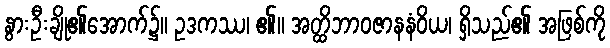
နွားဦးချို၏အောက်၌။ ဥဒကဿ၊ ၏။ အတ္ထိဘာဝဇာနနံဝိယ၊ ရှိသည်၏ အဖြစ်ကို